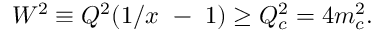
W ^ { 2 } \equiv Q ^ { 2 } ( 1 / x ~ - ~ 1 ) \ge Q _ { c } ^ { 2 } = 4 m _ { c } ^ { 2 } .